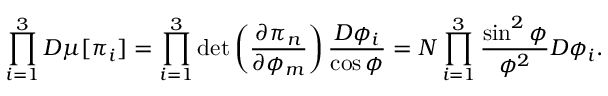
\prod _ { i = 1 } ^ { 3 } { \cal D } \mu [ \pi _ { i } ] = \prod _ { i = 1 } ^ { 3 } \operatorname * { d e t } \left( \frac { \partial \pi _ { n } } { \partial \phi _ { m } } \right) \frac { { \cal D } \phi _ { i } } { \cos \phi } = N \prod _ { i = 1 } ^ { 3 } \frac { \sin ^ { 2 } \phi } { \phi ^ { 2 } } { \cal D } \phi _ { i } .